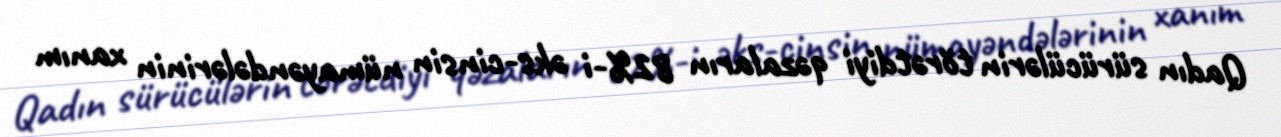
Qadın sürücülərin törətdiyi qəzaların 82%-i əks-cinsin nümayəndələrinin xanım